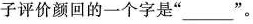
子评价颜回的一个字是”___”。